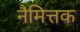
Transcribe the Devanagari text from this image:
नैमित्तक